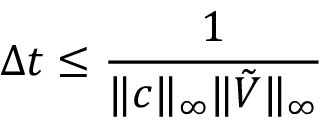
\Delta t \leq \frac { 1 } { \| c \| _ { \infty } \| \tilde { V } \| _ { \infty } }